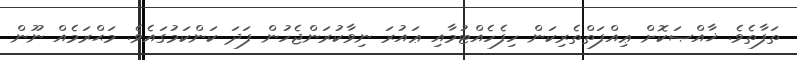
ތަފާތެވެ. ޚާއްޞަކޮށް ޢިއްފަތްތެރިކަން ހިފެހެއްޓުމާއި ޢައުރަ ނިވާކުރަންޖެހުން ފަދަ ކަންކަމުގައެވެ. މަޙްރަމެއް ނޫން